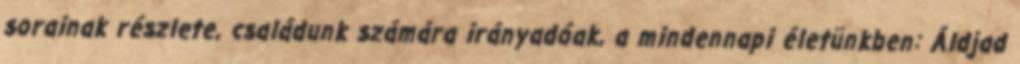
sorainak részlete, családunk számára irányadóak, a mindennapi életünkben: Áldjad